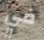
في